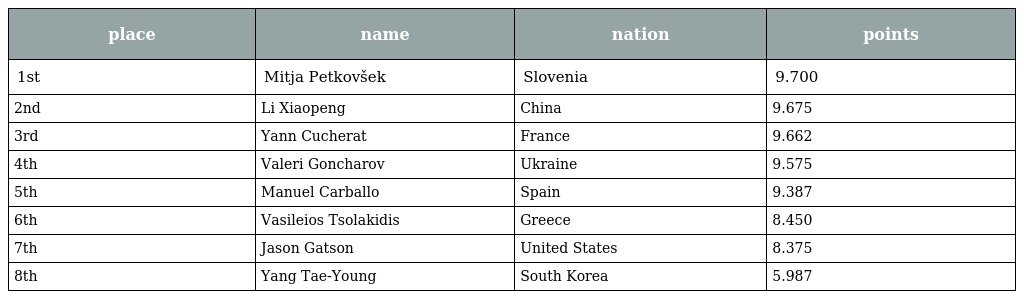
| place | name | nation | points |
 | --- | --- | --- | --- |
 | 1st | Mitja Petkovšek | Slovenia | 9.700 |
 | 2nd | Li Xiaopeng | China | 9.675 |
 | 3rd | Yann Cucherat | France | 9.662 |
 | 4th | Valeri Goncharov | Ukraine | 9.575 |
 | 5th | Manuel Carballo | Spain | 9.387 |
 | 6th | Vasileios Tsolakidis | Greece | 8.450 |
 | 7th | Jason Gatson | United States | 8.375 |
 | 8th | Yang Tae-Young | South Korea | 5.987 |